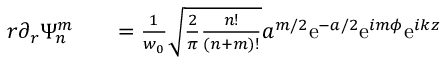
\begin{array} { r l r } { r \partial _ { r } \Psi _ { n } ^ { m } } & { { } } & { = \frac { 1 } { w _ { 0 } } \sqrt { \frac { 2 } { \pi } \frac { n ! } { ( n + m ) ! } } a ^ { m / 2 } \mathrm { e } ^ { - a / 2 } \mathrm { e } ^ { i m \phi } \mathrm { e } ^ { i k z } } \end{array}